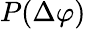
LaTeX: P(\Delta\varphi)